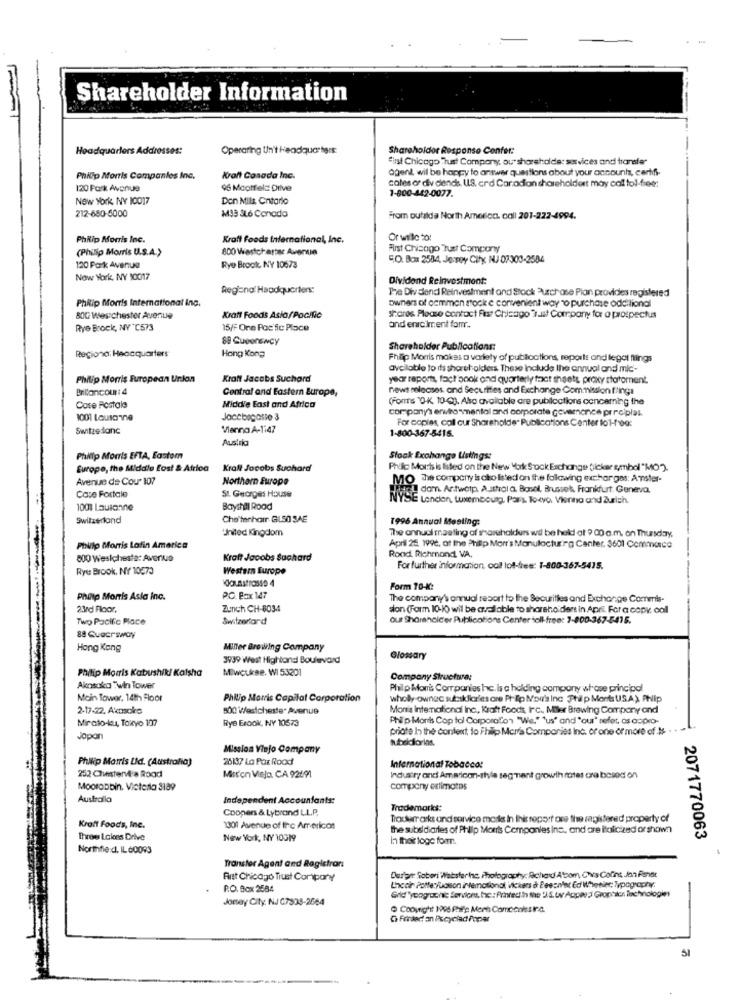
Shareholder Information
Headquarters Addresses:
Operating Un't Headquarters
Shareholder Response Confer:
first Chicago Trust Company, ou" sharehalde: services and transfer
agent will be happy to answer questions about your accounts, carhifi-
Philip Morris Companies Inc.
Kraft Canada Inc.
cales or div diends. U.S. crd Car odion shareholdert may cal tol-free:
120 Park Avenue
96 Mootfels Drive
1-800-442-0077.
New York, NY 10017
Don Mila Ontario
212-650-5000
M33 SL6 Conodo
From outalda North America. coll 201-222-4994.
Philip Morris Inc.
Kraft Foods talernational, Inc.
Or willc to
(Philip Morris U.S.A.)
800 Wastchartsc Avenue
First Chicago Tust Company
5.O. Box 2584, Je Toy City NJ 07303-2584
120 Park Avenue
Rye Brock NY 10673
Now York, NY 10017
Dividend Reinvestment:
Regi=no' Haodquerters:
Tre Dividend Reinvestment and Stock "Azchose Pion provides registered
Philip Morris International inc.
owners of common sock e convenient way to purchase additional
BOG Wes chester Avenue
Kraft Foods Asia/Pacific
shares Please contact First Chicago Trust Company for o prospectus
Rye Brock, NY "C573
15/F One Pas fic Place
and eniciment famr.
88 Gueonewcy
Regiona: Headquarters
Hong Kong
Shareholder Publications:
Philip Morris makes a variety of publicctions, reports and legal flings
available to its shareholders. These Include the annual and mic-
Philip Morris European Union
Kraft Jacobs Suchord
year reports, fact book and quarterly fact sheets proxy statoment.
Brillancour: 4
Central and Eastern Europe,
news releases. and Securities and Exchange Commission flings
(ForTs "O-K, 10-Cg. Also available are publications concerning the
Case Postale
Middle East and Africa
company's environmental and corporate governance pr rciplas.
1001 Lausanne
For copias, call cur Shareholde" Publications Center to1-10g:
Switzedanc
Vienna A-1147
1-800-367-5416.
Austria
Philip Morris EFTA, Eastom
Stock Exchange Uslings:
Europe, the Middle Lost & Africa
Kraft Jacobs Suchard
Philip Mort is listed on the New York Stock Exchange Sicker symbol "MO).
Avenue de Cou 107
Northern Europe
MO The company is oko listed on the following exchar gas: Arister-
Case Fortale
Hogy damn Antwerp Asttrala, Basel, Brusvek, Frankfurt Geneva,
St. Georges House
SE London, Luxembourg. Pars Tokyo. Vienna and Zurrich.
1001 Lausanne
Bayıhall Road
Switzerland
Che tenharr GLSO SAE
1996 Annual Meeting:
'United Kingdom
The annual meeting of shareholders wil be held at 9 00 a m. on Thursday,
Philip Morris Lafin America
April 25. 199, at the Philip Morr's Manufacturing Center. 3601 Commence
800 Wesichesta: Avenue
Kraft Jacobs Suchard
Rond, Richmond VA.
Rye Brook, NY 10573
Western Europe
For further information, coll lot-free: 1-800-367-5415.
Form 70-8:
Philip Morris Asla Inc.
P.O. Box 147
The company's annual report to the Securities and Exchange Commls-
23rd Floor,
Zunch CH-8034
sion (Form 10-10) will be available to shareho dert in April For a copk: call
Two Pacific Place
Switzerland
our Sharancicer Publications Center toll free: 1-800-367-5415.
88 Cuacrsway
Hong Kong
Miller Brewing Company
3939 West Highland Boulevard
Glossary
Philip Morris Kabushik! Kalsha
Miwcukrse. WI 53201
Company Structuura:
Aknsoka Twin Tower
Philp Mon's Companies hc. Is a holding company whose principal
Moin Tower, 14th Floor
Philip Morris Capital Corporation
wholly owned sussklicries ore Philip Noir's Inc Phil p Monts USA) Ahlp
2-17-22, Akasoka
800 Westchester Avenue
Mon's Intemational Inc ., Kraft Foods, Inc. Miler Brewing Company and
Rye Brook, NY 10573
Philip Morris Cop tol Corporafon "We." "us" and "our" refer, as acpro-
Mirato-ku, Tokyo 107
priate In the content lo Philip Mer's Companies Inc. of one or more of # .
Japan
subsidiarias.
Mission Viejo Company
Philip Morris Lid. (Australia)
26187 La Pax Rood
252 Chesterv'a Rood
International Tobacco:
Mission Viejo, CA 92691
Industry and American-style segment growth rates cra based on
Moorabbin. Victerla 3189
company estimates
Australla
Independent Accountants:
Coopers & Lybrand L.L.P.
Trademarks:
Trocurrarks und service marks In this report ore the registered property of
Kraft Foods, Inc.
1301 Avenue of the Arr ericos
the subsidiaries of Philip Morris Companies Ins, and are ilalicand orshown
Three Lakes Drive
New York, NY 10019
In their loge formn.
2071770063
Northfie:d. IL 60093
Transfer Agent and Registrar
Antt Chicago Trust Compary
Duran Goben Websterinc, Photography: Richard Atcom, Civis Cofins JanFisnat
R.O. Box 2584
Lineair Potterybolson international vickers & Peeznet Ed Wheniec; Typography.
Joney City. NJ C7908-2684
Grid "yoograchle Services, Ic : Printed in the US, tv Appara Graphics Technologies
Copyright 1995 Polis Meris Comcents: Ing.
G Finder an Icyclad Popar